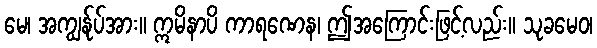
မေ၊ အကျွန်ုပ်အား။ ဣမိနာပိ ကာရဏေန၊ ဤအကြောင်းဖြင့်လည်း။ သုခမေဝ၊